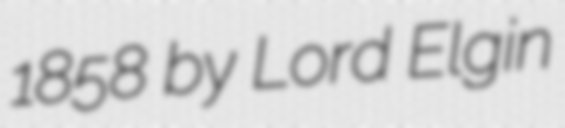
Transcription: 1858 by Lord Elgin